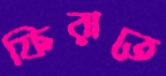
ফিরাতে